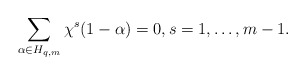
\begin{align*}\sum\limits_{\alpha\in H_{q,m}}\chi^s(1-\alpha)=0,s=1,\ldots,m-1.\end{align*}